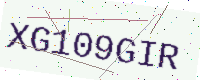
Text: XG109GIR